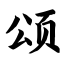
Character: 颂